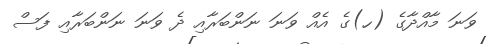
ވަނަ މާއްދާގެ (ހ)ގެ އެއް ވަނަ ނަންބަރާއި ދެ ވަނަ ނަންބަރާއި ފަސް